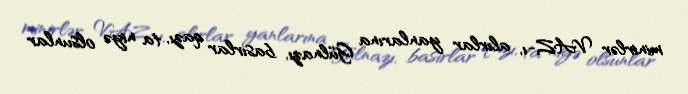
minirlər VAZ-ı, alırlar yanlarına Gülnazı, basırlar qazı, ta niyə olsunlar